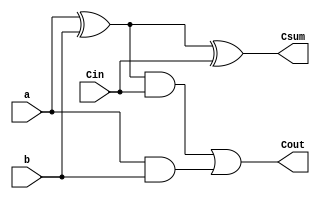
module Full_adder(
    input a,b,Cin,
    output wire Csum, Cout
);
    assign Csum = (a ^ b) ^ Cin;
    assign Cout = ((a ^ b) && Cin ) || (a && b);
endmodule